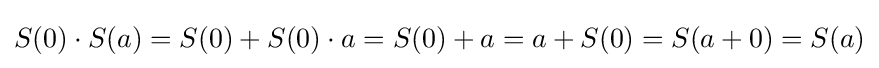
S(0)\cdot S(a)=S(0)+S(0)\cdot a=S(0)+a=a+S(0)=S(a+0)=S(a)